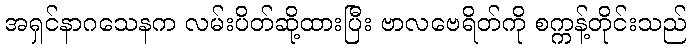
အရှင်နာဂသေနက လမ်းပိတ်ဆို့ထားပြီး ဗာလဗေရိတ်ကို စက္ကန့်တိုင်းသည်